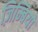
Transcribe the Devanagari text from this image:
ज़िम्बियो